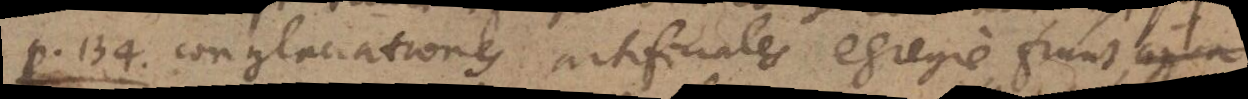
P. 134. conglaciationes artificiales egregie fiunt,